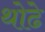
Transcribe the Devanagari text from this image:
थोढे